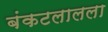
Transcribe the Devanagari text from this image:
बंकटलालला